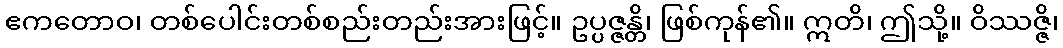
ဧကတောဝ၊ တစ်ပေါင်းတစ်စည်းတည်းအားဖြင့်။ ဥပ္ပဇ္ဇန္တိ၊ ဖြစ်ကုန်၏။ ဣတိ၊ ဤသို့။ ဝိဿဇ္ဇိ၊